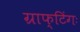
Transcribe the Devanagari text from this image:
ग्राफ्टिंगः